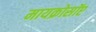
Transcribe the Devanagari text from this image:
मायक्रोसॉप्ट